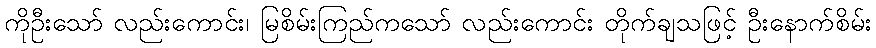
ကိုဦးသော် လည်းကောင်း၊ မြစိမ်းကြည်ကသော် လည်းကောင်း တိုက်ချသဖြင့် ဦးနောက်စိမ်း